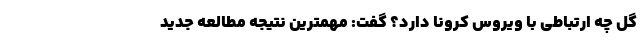
گل چه ارتباطی با ویروس کرونا دارد؟ گفت: مهمترین نتیجه مطالعه جدید